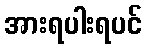
အားရပါးရပင်